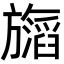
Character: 𬀝